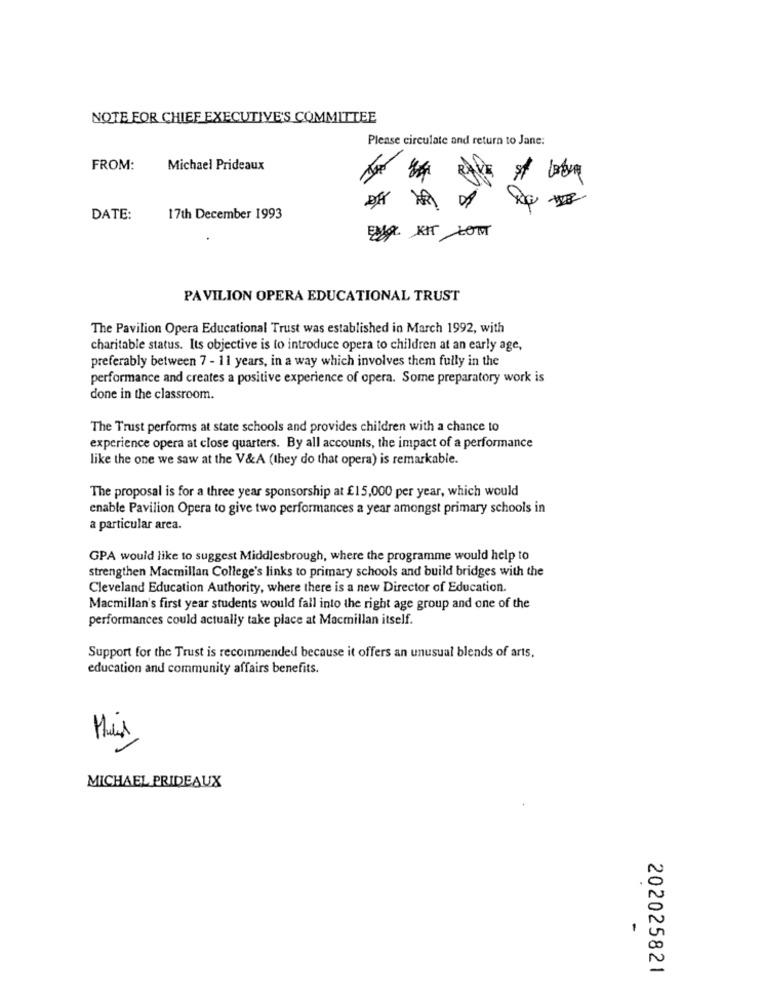
NOTE FOR CHIEF EXECUTIVE'S COMMITTEE
Please circulate and return to Jane:
FROM:
Michael Prideaux
DATE:
17th December 1993
PAVILION OPERA EDUCATIONAL TRUST
The Pavilion Opera Educational Trust was established in March 1992, with
charitable status. Its objective is to introduce opera to children at an early age,
preferably between 7 - 11 years, in a way which involves them fully in the
performance and creates a positive experience of opera. Some preparatory work is
done in the classroom.
The Trust performs at state schools and provides children with a chance to
experience opera at close quarters. By all accounts, the impact of a performance
like the one we saw at the V&A (they do that opera) is remarkable.
The proposal is for a three year sponsorship at £15,000 per year, which would
enable Pavilion Opera to give two performances a year amongst primary schools in
a particular area.
GPA would like to suggest Middlesbrough, where the programme would help to
strengthen Macmillan College's links to primary schools and build bridges with the
Cleveland Education Authority, where there is a new Director of Education.
Macmillan's first year students would fall into the right age group and one of the
performances could actually take place at Macmillan itself.
Support for the Trust is recommended because it offers an unusual blends of arts.
education and community affairs benefits.
this
MICHAEL PRIDEAUX
202025821